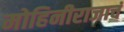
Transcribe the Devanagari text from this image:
मोहिनीराजाचं